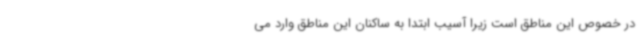
در خصوص این مناطق است زیرا آسیب ابتدا به ساکنان این مناطق وارد می